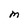
Character: M